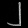
Digit: ၂